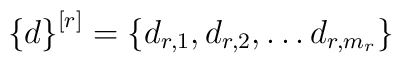
\left\{d\right\}^{[r]}=\left\{d_{r,1},d_{r,2},                   \ldots d_{r,m_r}\right\}